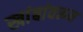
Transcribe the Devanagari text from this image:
खांबांवरून